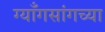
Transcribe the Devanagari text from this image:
ग्याँगसांगच्या